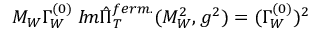
M _ { W } \Gamma _ { W } ^ { ( 0 ) } \; { \cal I } \! m \hat { \Pi } _ { T } ^ { f e r m . } ( M _ { W } ^ { 2 } , g ^ { 2 } ) = ( \Gamma _ { W } ^ { ( 0 ) } ) ^ { 2 }